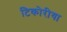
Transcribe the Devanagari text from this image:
टिकोरीया